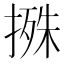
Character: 𢲬